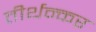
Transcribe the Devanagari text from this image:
तीर्थन्कर